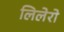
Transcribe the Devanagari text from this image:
लिलेरो